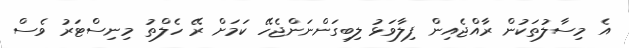
އެ މިސާލުތަކުން ރާއްޖެއިން ފިލާވަޅު ލިބިގަންނަންޖެހޭ ކަމަށް ރޭ ހެލްތު މިނިސްޓަރު ވެސް